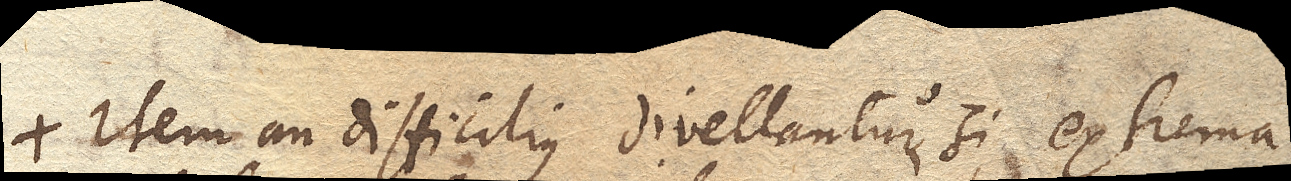
Item an difficilius divellantur si extrema